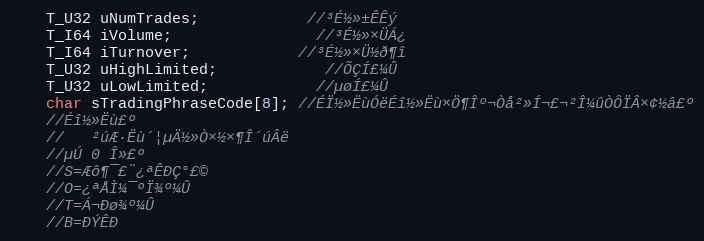
Language: C
	T_U32 uNumTrades;			//³É½»±ÊÊý
	T_I64 iVolume;				//³É½»×ÜÁ¿
	T_I64 iTurnover;			//³É½»×Ü½ð¶î
	T_U32 uHighLimited;			//ÕÇÍ£¼Û
	T_U32 uLowLimited;			//µøÍ£¼Û
	char sTradingPhraseCode[8]; //ÉÏ½»ËùÓëÉî½»Ëù×Ö¶Îº¬Òå²»Í¬£¬²Î¼ûÒÔÏÂ×¢½â£º
	//Éî½»Ëù£º
	//   ²úÆ·Ëù´¦µÄ½»Ò×½×¶Î´úÂë
	//µÚ 0 Î»£º
	//S=Æô¶¯£¨¿ªÊÐÇ°£©
	//O=¿ªÅÌ¼¯ºÏ¾º¼Û
	//T=Á¬Ðø¾º¼Û
	//B=ÐÝÊÐ